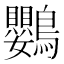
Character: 鸚